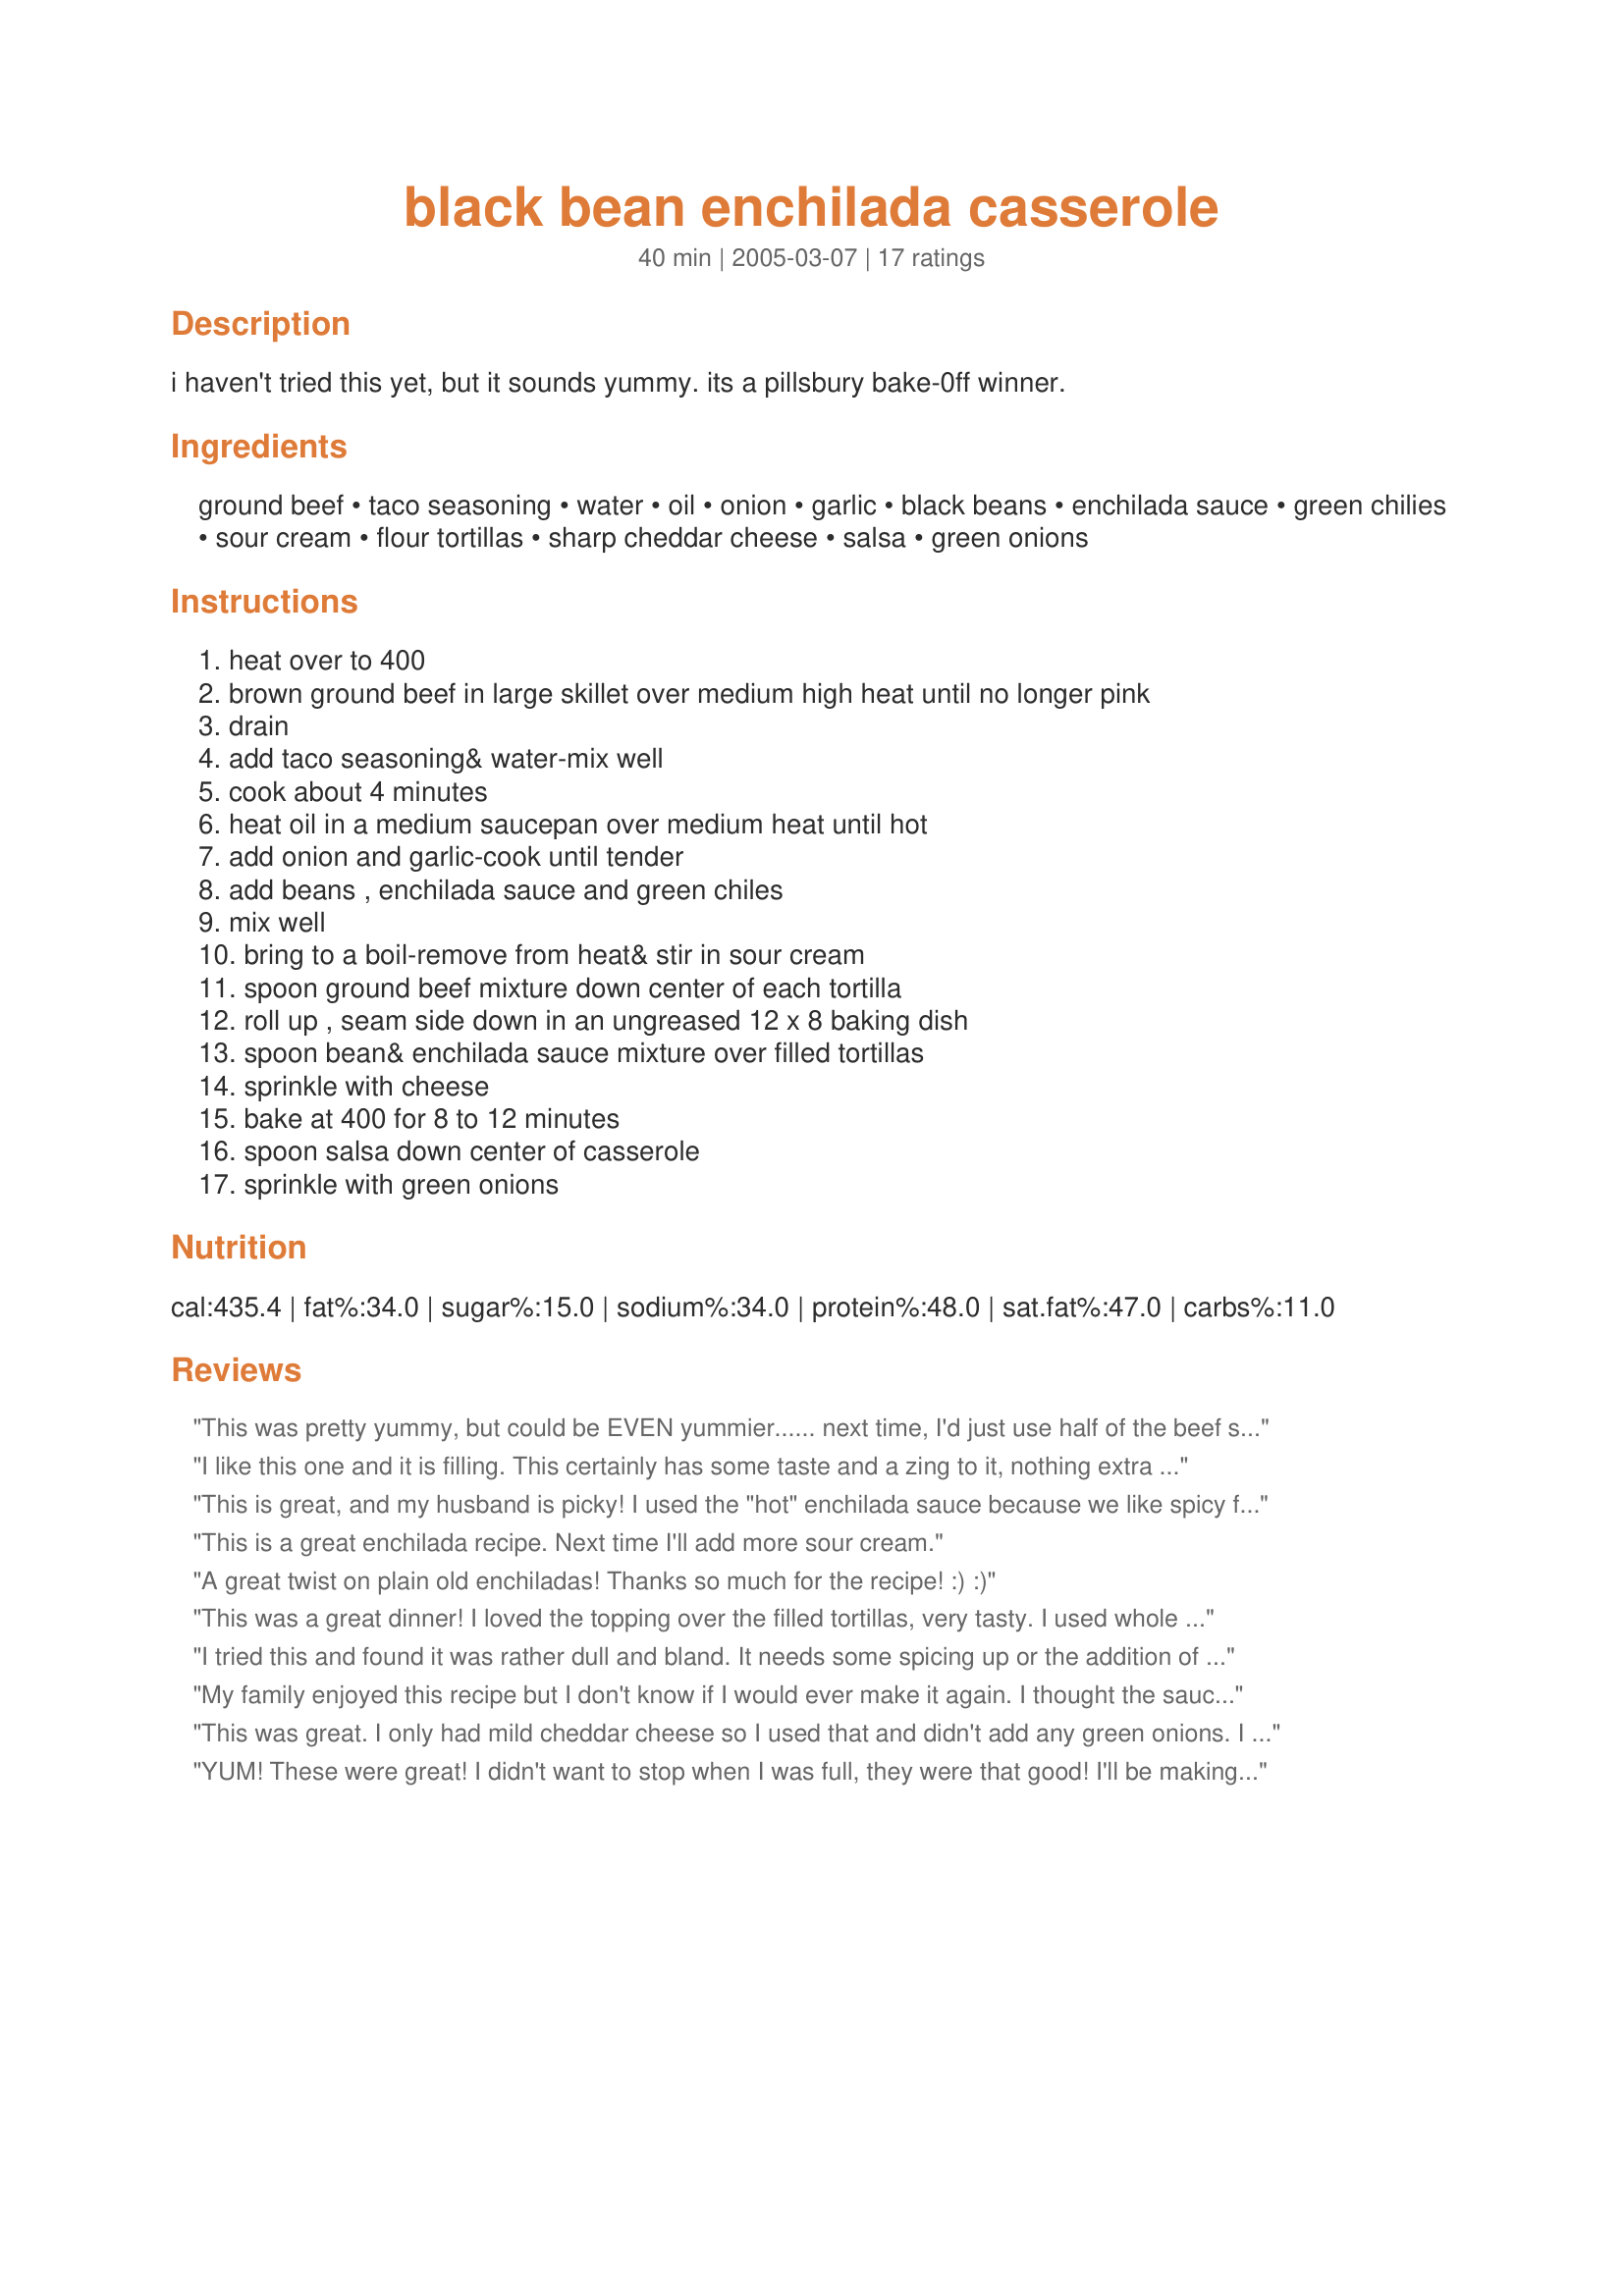
black bean enchilada casserole
Preparation time: 40 minutes

i haven't tried this yet, but it sounds yummy. its a pillsbury bake-0ff winner.

Ingredients:
ground beef, taco seasoning, water, oil, onion, garlic, black beans, enchilada sauce, green chilies, sour cream, flour tortillas, sharp cheddar cheese, salsa, green onions

Steps:
heat over to 400, brown ground beef in large skillet over medium high heat until no longer pink, drain, add taco seasoning& water-mix well, cook about 4 minutes, heat oil in a medium saucepan over medium heat until hot, add onion and garlic-cook until tender, add beans , enchilada sauce and green chiles, mix well, bring to a boil-remove from heat& stir in sour cream, spoon ground beef mixture down center of each tortilla, roll up , seam side down in an ungreased 12 x 8 baking dish, spoon bean& enchilada sauce mixture over filled tortillas, sprinkle with cheese, bake at 400 for 8 to 12 minutes, spoon salsa down center of casserole, sprinkle with green onions

Reviews:
This was pretty yummy, but could be EVEN yummier...... next time, I'd just use half of the beef suggested, seeing as I cooked the full pound of beef, filled up my tortillas, and had plenty left! I just put the rest of the meat into tacos for my picky DH.... OR it might be better to just put the black beans as the filling and omit the meat. I think adding black olives might make that yummy sauce even better next time also... and I'll put the cheese inside the tortillas with the meat or beans next time. All in all this is a great basic recipe that can go many different ways! Thanks for sharing it. :)
I like this one and it is filling. This certainly has some taste and a zing to it, nothing extra needed.
This is great, and my husband is picky! I used the "hot" enchilada sauce because we like spicy food. This is very easy to make.
This is a great enchilada recipe. Next time I'll add more sour cream.
A great twist on plain old enchiladas! Thanks so much for the recipe! :) :)
This was a great dinner! I loved the topping over the filled tortillas, very tasty. I used whole wheat tortillas and didn't use the salsa or green onions. It was just a little spicy and leftovers were just as good. I will be making this again, thanks!
I tried this and found it was rather dull and bland. It needs some spicing up or the addition of other veggies.
My family enjoyed this recipe but I don't know if I would ever make it again. I thought the sauce was great but the inside of the tortilla was just filled with the meat and I thought it tasted kind of dry. Once the cheese was on, the sauce pretty much evaporated underneath it. I should have made it according to vholland's suggestion and mixed part of the cheese with the beef. Overall, I think it is a good enchilada but I will keep looking for a fantastic recipe for my file box.
This was great. I only had mild cheddar cheese so I used that and didn't add any green onions. I didn't use sour cream (I wanted to cut back on some of the fat and calories) so I had to add about 2t of sugar to the bean mixture to take away some of the bitterness. Next time, I'll try the sour cream, it will only make the casserole even better!
YUM! These were great! I didn't want to stop when I was full, they were that good! I'll be making these on a regular basis. Maybe I'll have more self control next time! Thanks for sharing!
I made these for dinner night before last. I had 2 lbs of lean ground beef so I doubled the recipe. I used one package of regular taco seasoning and one "hot". I did not have canned enchilada sauce so I used 2 packages of powedered sauce mixed per the package instructions. I also used 1 can of rotel instead of the green chili's. Doubling the recipe made tons of food, it would be a great way to have something for the freezer or for a pot luck. My family loved them and I will make these again.
Great enchilada casserole and so simple to make. I used corn tortillas and it made 11 enchiladas. Loved the mixture of ingredients in the sauce. The only thing I might change is to mix part of the cheese in with the cooled beef filling so that it's dispersed more evenly throughout, rather than just melted on top. Will make this again. Thanks, Lizzybob!
This was a hit!!! I substituted beef with chicken and used chicken taco seasoning. Highly recommended!
Very good! Didn't have any garlic or onions - would have been even better with those added ingredients! A nice not-quite-so-ordinary enchilada dish. We enjoyed this!
I experimented with this recipe and then ended up serving it as a casual dinner to the owner of our company. Lucky for me he loves black beans. He was traveling through town and very grateful for the homemade meal. I was very grateful it turned out so well. Delicious and a keeper!
UPDATED REVIEW: This has been a favorite recipe in my family since at least 2006. We&#039;ve revised it a bit over the years--adding cheese and green chiles to the internal filling, substituting shredded chicken for seasoned ground beef, etc. The last three years we&#039;ve had to get creative due to a dairy allergy in our family. What we do now is shredded chicken, rinsed black beans, chopped green chiles, and enough green enchilada sauce to hold it together a bit for the internals. We top with green enchilada sauce and sliced black olives. I miss cheese and sour cream.
This was quick, easy and a great change from just making fast tacos. I thought the flavor was great, but I used taco sauce that I had on hand instead of enchilada sauce and mexican blend cheese instead of sharp. I will definitely put this into my rotation of "regular" meals and make this again!
